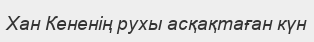
Хан Кененiң рухы асқақтаған күн